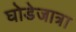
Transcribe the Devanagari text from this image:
घोडेजात्रा